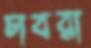
চাবরা